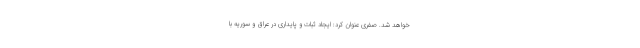
خواهد شد. صفری عنوان کرد: ایجاد ثبات و پایداری در عراق و سوریه با